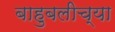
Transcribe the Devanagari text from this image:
बाहुबलीच्या